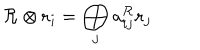
{ \cal R } \otimes { \bf r } _ { i } = \bigoplus _ { j } a _ { i j } ^ { { \cal R } } { \bf r } _ { j }